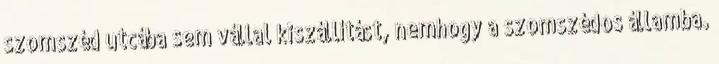
szomszéd utcába sem vállal kiszállítást, nemhogy a szomszédos államba.